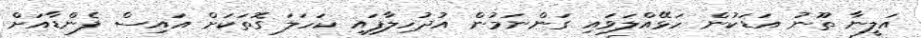
އަލީނާ ތޫނު އަޑަކުން ހަޅޭއްލަވައި ގަންނަމުން އުދުހިލާފައި ކަހަލަ ގޮތަކަށް އައިސް ފެންޑާއަށް